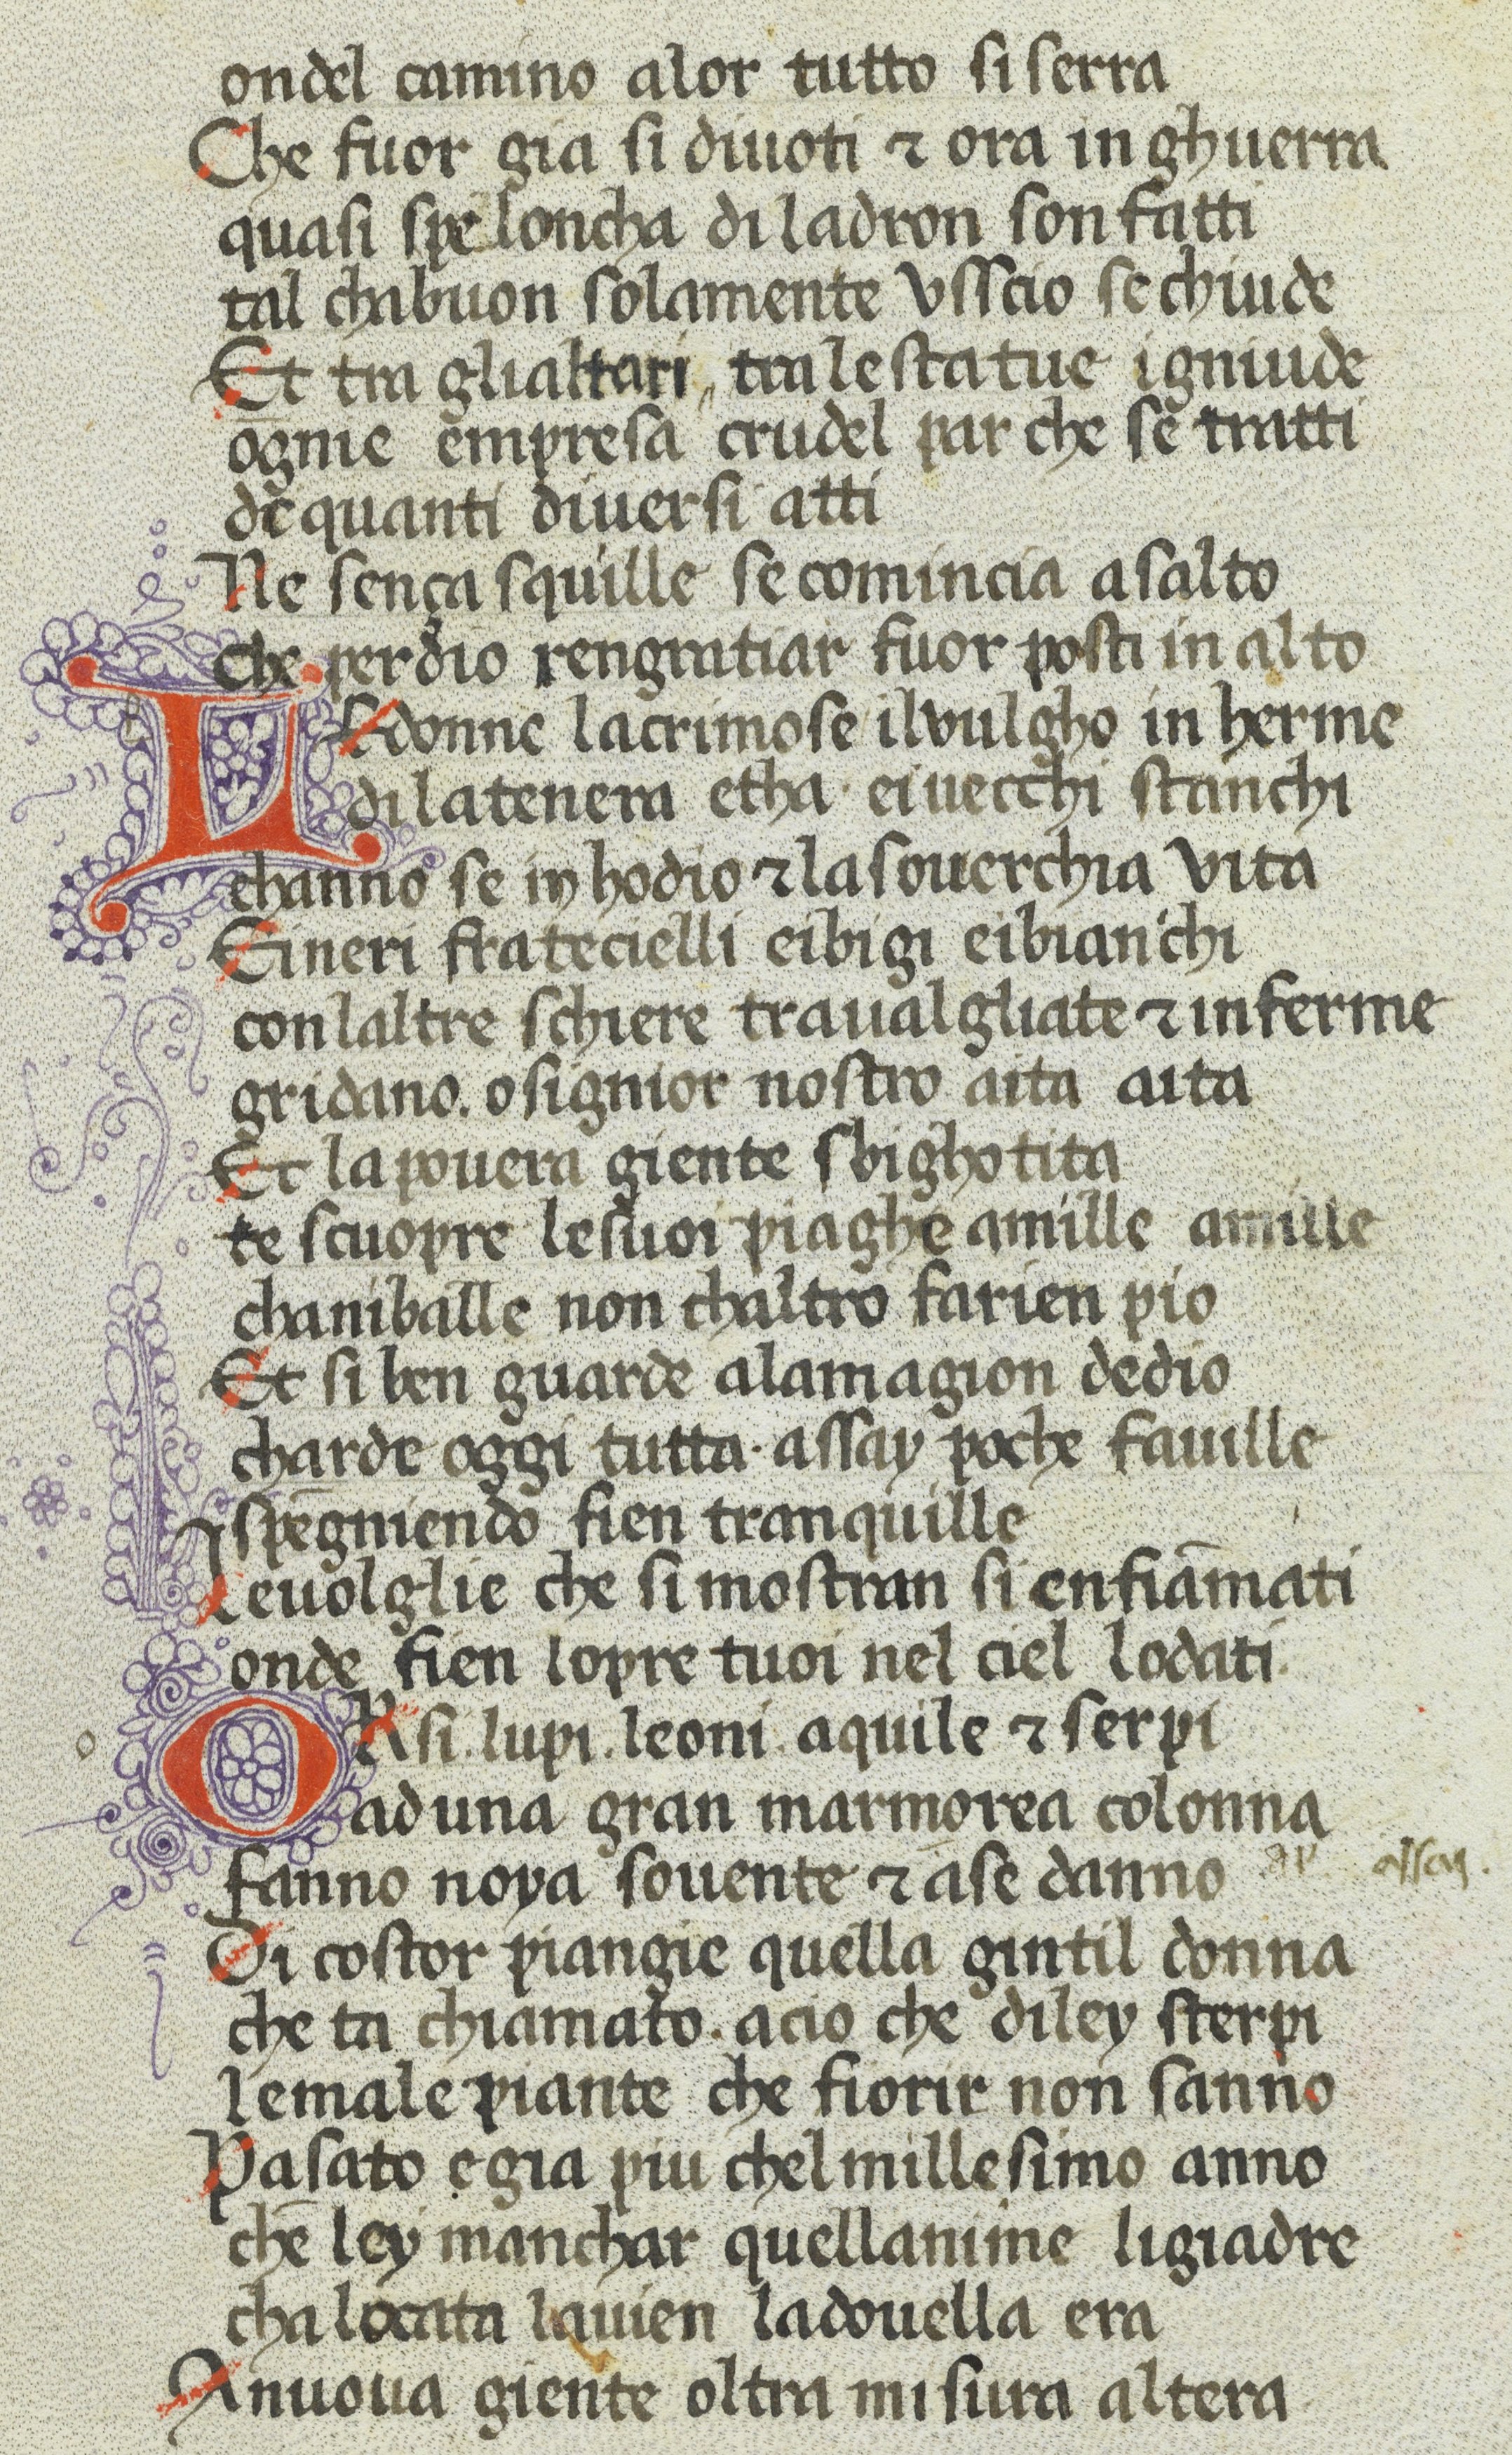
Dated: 1370–1399